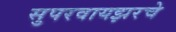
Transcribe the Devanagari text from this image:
सुपरवायझरचे